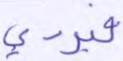
فيردي